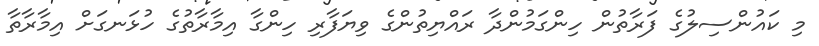
މި ކައުންސިލުގެ ފަރާތުން ހިންގަމުންދާ ރައްޔިތުންގެ ވިޔަފާރި ހިންގާ އިމާރާތުގެ ހުޅަނގަށް އިމާރާތާ